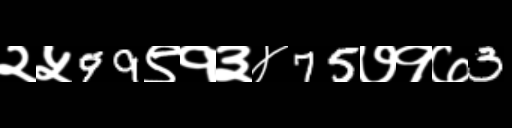
Text: २५99९१३४75७१७3